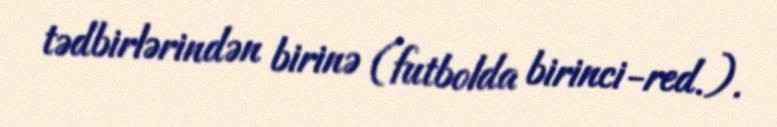
tədbirlərindən birinə (futbolda birinci-red.).